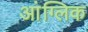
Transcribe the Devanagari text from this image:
आंग्लिक